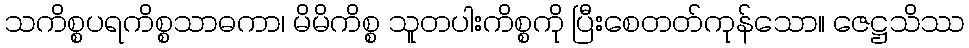
သကိစ္စပရကိစ္စသာဓကာ၊ မိမိကိစ္စ သူတပါးကိစ္စကို ပြီးစေတတ်ကုန်သော။ ဇေဋ္ဌသိဿ